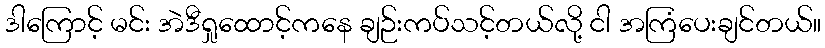
ဒါကြောင့် မင်း အဲဒီရှုထောင့်ကနေ ချဉ်းကပ်သင့်တယ်လို့ ငါ အကြံပေးချင်တယ်။